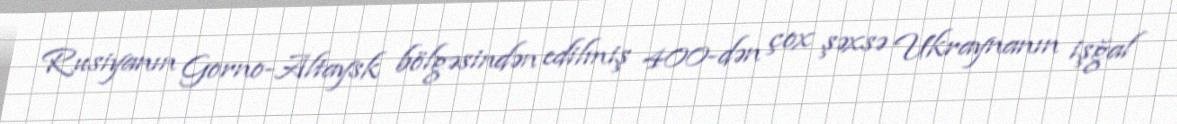
Rusiyanın Gorno-Altaysk bölgəsindən edilmiş 400-dən çox şəxsə Ukraynanın işğal